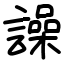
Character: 譟